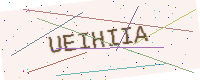
Text: UEIHIIA